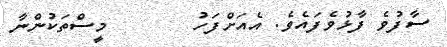
ސާފުވެ ފާޅުވެފައެވެ. އެއަށްފަހު       މީސްތަކުންނާ